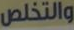
والتخلص